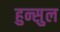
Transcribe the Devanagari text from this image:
हुन्सुल